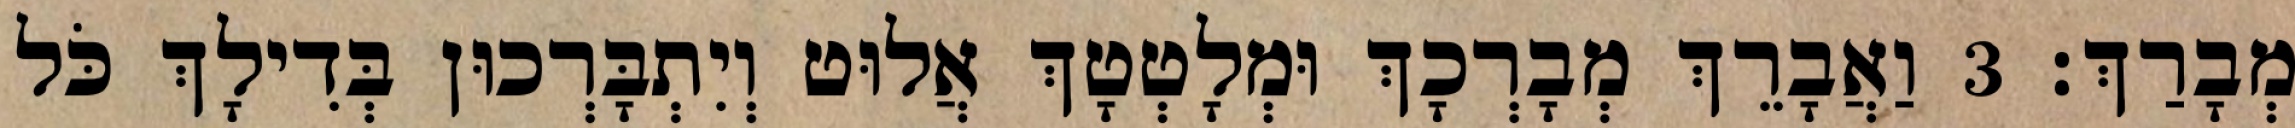
מְבָרַךְ׃ 3 וַאֲבָרֵךְ מְבָרְכָךְ וּמְלָטְטָךְ אֲלוּט וְיִתְבָּרְכוּן בְּדִילָךְ כֹּל